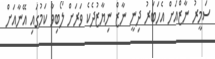
ސަމީރު ނާޒްއަށް އެހަބަރު ދިނީ ނާޒް ނިޔާޒުދެކެ ވަރަށް ލޯބިވާ ކަމުގައި އޭނާއަށް